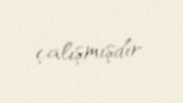
çalışmışdır.